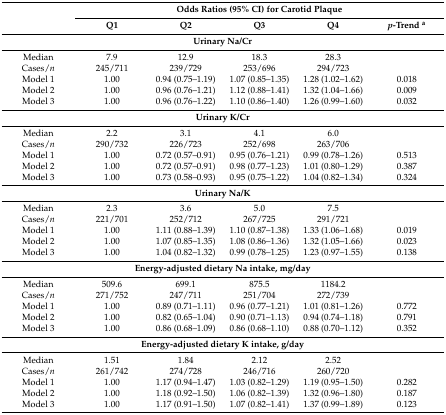
<table><thead><tr><td rowspan="2"></td><td colspan="5"><b>Odds Ratios (95% CI) for Carotid Plaque</b></td></tr><tr><td><b>Q1</b></td><td><b>Q2</b></td><td><b>Q3</b></td><td><b>Q4</b></td><td><b><i>p</i>-Trend <sup>a</sup></b></td></tr></thead><tbody><tr><td colspan="6"><b>Urinary Na/Cr</b></td></tr><tr><td>Median</td><td>7.9</td><td>12.9</td><td>18.3</td><td>28.3</td><td></td></tr><tr><td>Cases/<i>n</i></td><td>245/711</td><td>239/729</td><td>253/696</td><td>294/723</td><td></td></tr><tr><td>Model 1</td><td>1.00</td><td>0.94 (0.75–1.19)</td><td>1.07 (0.85–1.35)</td><td>1.28 (1.02–1.62)</td><td>0.018</td></tr><tr><td>Model 2</td><td>1.00</td><td>0.96 (0.76–1.21)</td><td>1.12 (0.88–1.41)</td><td>1.32 (1.04–1.66)</td><td>0.009</td></tr><tr><td>Model 3</td><td>1.00</td><td>0.96 (0.76–1.22)</td><td>1.10 (0.86–1.40)</td><td>1.26 (0.99–1.60)</td><td>0.032</td></tr><tr><td colspan="6"><b>Urinary K/Cr</b></td></tr><tr><td>Median</td><td>2.2</td><td>3.1</td><td>4.1</td><td>6.0</td><td></td></tr><tr><td>Cases/<i>n</i></td><td>290/732</td><td>226/723</td><td>252/698</td><td>263/706</td><td></td></tr><tr><td>Model 1</td><td>1.00</td><td>0.72 (0.57–0.91)</td><td>0.95 (0.76–1.21)</td><td>0.99 (0.78–1.26)</td><td>0.513</td></tr><tr><td>Model 2</td><td>1.00</td><td>0.72 (0.57–0.91)</td><td>0.98 (0.77–1.23)</td><td>1.01 (0.80–1.29)</td><td>0.387</td></tr><tr><td>Model 3</td><td>1.00</td><td>0.73 (0.58–0.93)</td><td>0.95 (0.75–1.22)</td><td>1.04 (0.82–1.34)</td><td>0.324</td></tr><tr><td colspan="6"><b>Urinary Na/K</b></td></tr><tr><td>Median</td><td>2.3</td><td>3.6</td><td>5.0</td><td>7.5</td><td></td></tr><tr><td>Cases/<i>n</i></td><td>221/701</td><td>252/712</td><td>267/725</td><td>291/721</td><td></td></tr><tr><td>Model 1</td><td>1.00</td><td>1.11 (0.88–1.39)</td><td>1.10 (0.87–1.38)</td><td>1.33 (1.06–1.68)</td><td>0.019</td></tr><tr><td>Model 2</td><td>1.00</td><td>1.07 (0.85–1.35)</td><td>1.08 (0.86–1.36)</td><td>1.32 (1.05–1.66)</td><td>0.023</td></tr><tr><td>Model 3</td><td>1.00</td><td>1.04 (0.82–1.32)</td><td>0.99 (0.78–1.25)</td><td>1.23 (0.97–1.55)</td><td>0.138</td></tr><tr><td colspan="6"><b>Energy-adjusted dietary</b><b>Na intake,</b><b>mg/day</b></td></tr><tr><td>Median</td><td>509.6</td><td>699.1</td><td>875.5</td><td>1184.2</td><td></td></tr><tr><td>Cases/<i>n</i></td><td>271/752</td><td>247/711</td><td>251/704</td><td>272/739</td><td></td></tr><tr><td>Model 1</td><td>1.00</td><td>0.89 (0.71–1.11)</td><td>0.96 (0.77–1.21)</td><td>1.01 (0.81–1.26)</td><td>0.772</td></tr><tr><td>Model 2</td><td>1.00</td><td>0.82 (0.65–1.04)</td><td>0.90 (0.71–1.13)</td><td>0.94 (0.74–1.18)</td><td>0.791</td></tr><tr><td>Model 3</td><td>1.00</td><td>0.86 (0.68–1.09)</td><td>0.86 (0.68–1.10)</td><td>0.88 (0.70–1.12)</td><td>0.352</td></tr><tr><td colspan="6"><b>Energy-adjusted dietary K intake, g/day</b></td></tr><tr><td>Median</td><td>1.51</td><td>1.84</td><td>2.12</td><td>2.52</td><td></td></tr><tr><td>Cases/<i>n</i></td><td>261/742</td><td>274/728</td><td>246/716</td><td>260/720</td><td></td></tr><tr><td>Model 1</td><td>1.00</td><td>1.17 (0.94–1.47)</td><td>1.03 (0.82–1.29)</td><td>1.19 (0.95–1.50)</td><td>0.282</td></tr><tr><td>Model 2</td><td>1.00</td><td>1.18 (0.92–1.50)</td><td>1.06 (0.82–1.39)</td><td>1.32 (0.96–1.80)</td><td>0.187</td></tr><tr><td>Model 3</td><td>1.00</td><td>1.17 (0.91–1.50)</td><td>1.07 (0.82–1.41)</td><td>1.37 (0.99–1.89)</td><td>0.123</td></tr></tbody></table>